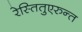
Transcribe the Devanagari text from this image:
रेस्तितुएरुन्त